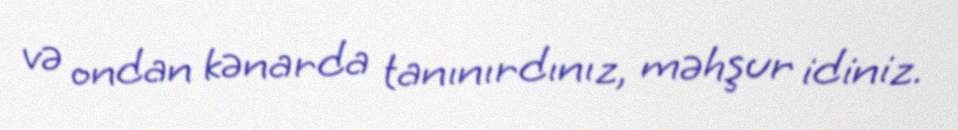
və ondan kənarda tanınırdınız, məhşur idiniz.